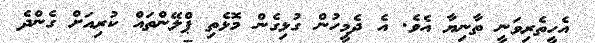
އެހީތެރިވަނީ ތާނިޔާ އެވެ. އެ ދެމީހުން ގުޅިގެން މޮޅެތި ޕްލޭންތައް ކުރިއަށް ގެންދެ